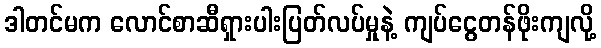
ဒါတင်မက လောင်စာဆီရှားပါးပြတ်လပ်မှုနဲ့ ကျပ်ငွေတန်ဖိုးကျလို့